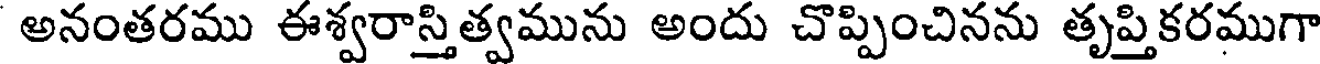
అనంతరము ఈశ్వరాస్తిత్వమును అందు చొప్పించినను తృప్తికరముగా